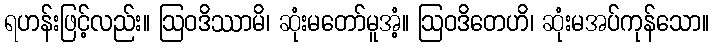
ရဟန်းဖြင့်လည်း။ ဩဝဒိဿာမိ၊ ဆုံးမတော်မူအံ့။ ဩဝဒိတေဟိ၊ ဆုံးမအပ်ကုန်သော။